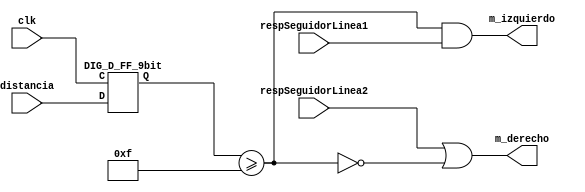
module controlMotor (
  input [8:0] distancia,
  input clk,
  input respSeguidorLinea1,
  input respSeguidorLinea2,
  output m_izquierdo,
  output m_derecho
);
  wire [8:0] s0;
  wire s1;
  DIG_D_FF_9bit DIG_D_FF_Nbit_i0 (
    .D( distancia ),
    .C( clk ),
    .Q( s0 )
  );
  assign s1 = s0 >= 9'b1111;

  assign m_izquierdo = s1 & respSeguidorLinea1;
  assign m_derecho = respSeguidorLinea2 | ~s1;
endmodule

module DIG_D_FF_9bit
(
   input [(9-1):0] D,
   input C,
   output [(9-1):0] Q,
   output [(9-1):0] \~Q
);
    reg [(9-1):0] state;

    assign Q = state;
    assign \~Q = ~state;

    always @ (posedge C) begin
        state <= D;
    end

    initial begin
        state = 0;
    end
endmodule